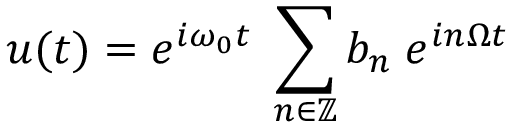
u ( t ) = e ^ { i \omega _ { 0 } t } \; \sum _ { n \in \mathbb { Z } } b _ { n } \; e ^ { i n \Omega t }